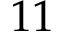
1 1